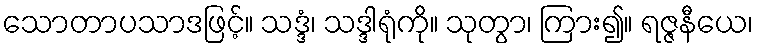
သောတာပသာဒဖြင့်။ သဒ္ဒံ၊ သဒ္ဒါရုံကို။ သုတွာ၊ ကြား၍။ ရဇ္ဇနီယေ၊